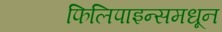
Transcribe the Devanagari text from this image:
फिलिपाइन्समधून